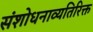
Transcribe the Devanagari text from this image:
संशोधनाव्यतिरिक्त